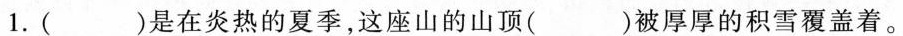
1.( )是在炎热的夏季，这座山的山顶( )被厚厚的积雪覆盖着。